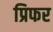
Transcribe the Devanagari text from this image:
प्रिफर